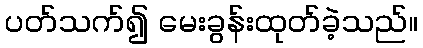
ပတ်သက်၍ မေးခွန်းထုတ်ခဲ့သည်။